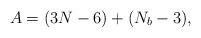
LaTeX: \begin{align*}A = (3N-6)+(N_{b}-3),\end{align*}